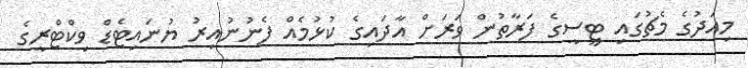
މިއަދުގެ މެޗުގައި ޓީސީގެ ފަރާތުން ވަރަށް އާދައިގެ ކުޅުމެއް ފެނުނުއިރު ޔުނައިޓެޑް ވިކްޓްރީގެ